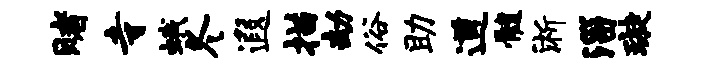
赌寺蛾冬遐描劫俗助遒髓淅淄璇